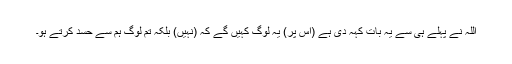
اللہ نے پہلے ہی سے یہ بات کہہ دی ہے (اس پر) یہ لوگ کہیں گے کہ (نہیں) بلکہ تم لوگ ہم سے حسد کرتے ہو۔